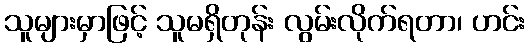
သူများမှာဖြင့် သူမရှိတုန်း လွမ်းလိုက်ရတာ၊ ဟင်း